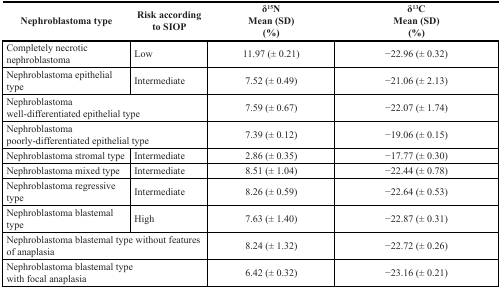
<table><thead><tr><td><b>Nephroblastoma type</b></td><td><b>Risk according to SIOP</b></td><td><b>δ<sup>15</sup>N Mean (SD)(%)</b></td><td><b>δ<sup>13</sup>C Mean (SD)(%)</b></td></tr></thead><tbody><tr><td>Completely necrotic nephroblastoma</td><td>Low</td><td>11.97 (± 0.21)</td><td>−22.96 (± 0.32)</td></tr><tr><td>Nephroblastoma epithelial type</td><td>Intermediate</td><td>7.52 (± 0.49)</td><td>−21.06 (± 2.13)</td></tr><tr><td colspan="2">Nephroblastoma well-differentiated epithelial type</td><td>7.59 (± 0.67)</td><td>−22.07 (± 1.74)</td></tr><tr><td colspan="2">Nephroblastoma poorly-differentiated epithelial type</td><td>7.39 (± 0.12)</td><td>−19.06 (± 0.15)</td></tr><tr><td>Nephroblastoma stromal type</td><td>Intermediate</td><td>2.86 (± 0.35)</td><td>−17.77 (± 0.30)</td></tr><tr><td>Nephroblastoma mixed type</td><td>Intermediate</td><td>8.51 (± 1.04)</td><td>−22.44 (± 0.78)</td></tr><tr><td>Nephroblastoma regressive type</td><td>Intermediate</td><td>8.26 (± 0.59)</td><td>−22.64 (± 0.53)</td></tr><tr><td>Nephroblastoma blastemal type</td><td>High</td><td>7.63 (± 1.40)</td><td>−22.87 (± 0.31)</td></tr><tr><td colspan="2">Nephroblastoma blastemal type without features of anaplasia</td><td>8.24 (± 1.32)</td><td>−22.72 (± 0.26)</td></tr><tr><td colspan="2">Nephroblastoma blastemal type with focal anaplasia</td><td>6.42 (± 0.32)</td><td>−23.16 (± 0.21)</td></tr></tbody></table>